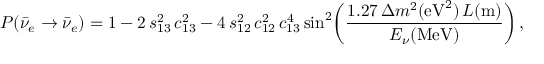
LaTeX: P ( \bar { \nu } _ { e } \rightarrow \bar { \nu } _ { e } ) = 1 - 2 \, s _ { 1 3 } ^ { 2 } \, c _ { 1 3 } ^ { 2 } - 4 \, s _ { 1 2 } ^ { 2 } \, c _ { 1 2 } ^ { 2 } \, c _ { 1 3 } ^ { 4 } \, \mathrm { { s i n } ^ { 2 } } \bigg ( { \frac { 1 . 2 7 \, \Delta m ^ { 2 } ( { \mathrm { e V } ^ { 2 } } ) \, L ( \mathrm { { m } } ) } { E _ { \nu } ( { \mathrm { M e V } } ) } } \bigg ) \, ,